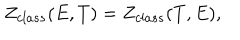
LaTeX: Z _ { c l a s s } ( E , T ) = Z _ { c l a s s } ( T , E ) ,